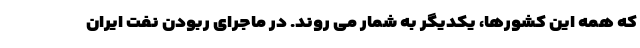
که همه این کشورها، یکدیگر به شمار می روند. در ماجرای ربودن نفت ایران